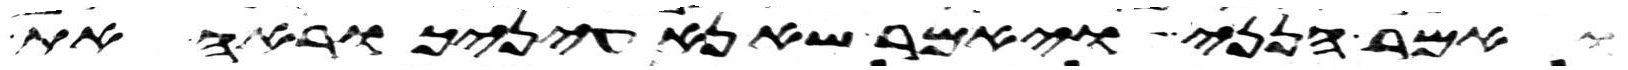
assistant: ואמר הנני ויאמר שא נא עיניך וראה את